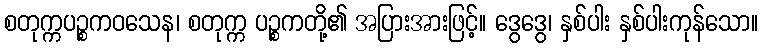
စတုက္ကပဉ္စကဝသေန၊ စတုက္က ပဉ္စကတို့၏ အပြားအားဖြင့်။ ဒွေဒွေ၊ နှစ်ပါး နှစ်ပါးကုန်သော။